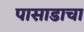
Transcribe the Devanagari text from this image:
पासाडाचा